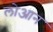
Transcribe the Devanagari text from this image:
लोआन